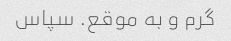
گرم و به موقع. سپاس